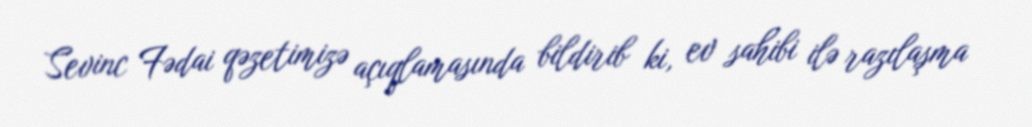
Sevinc Fədai qəzetimizə açıqlamasında bildirib ki, ev sahibi ilə razılaşma